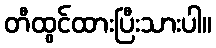
တီထွင်ထားပြီးသားပါ။